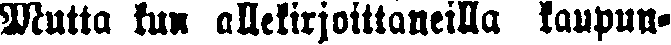
Mutta kun allekirjoittaneilla kaupun-